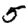
Digit: 5